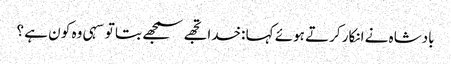
بادشاہ نے انکار کرتے ہوئے کہا :خدا تجھے سمجھے بتا تو سہی وہ کو ن ہے ؟